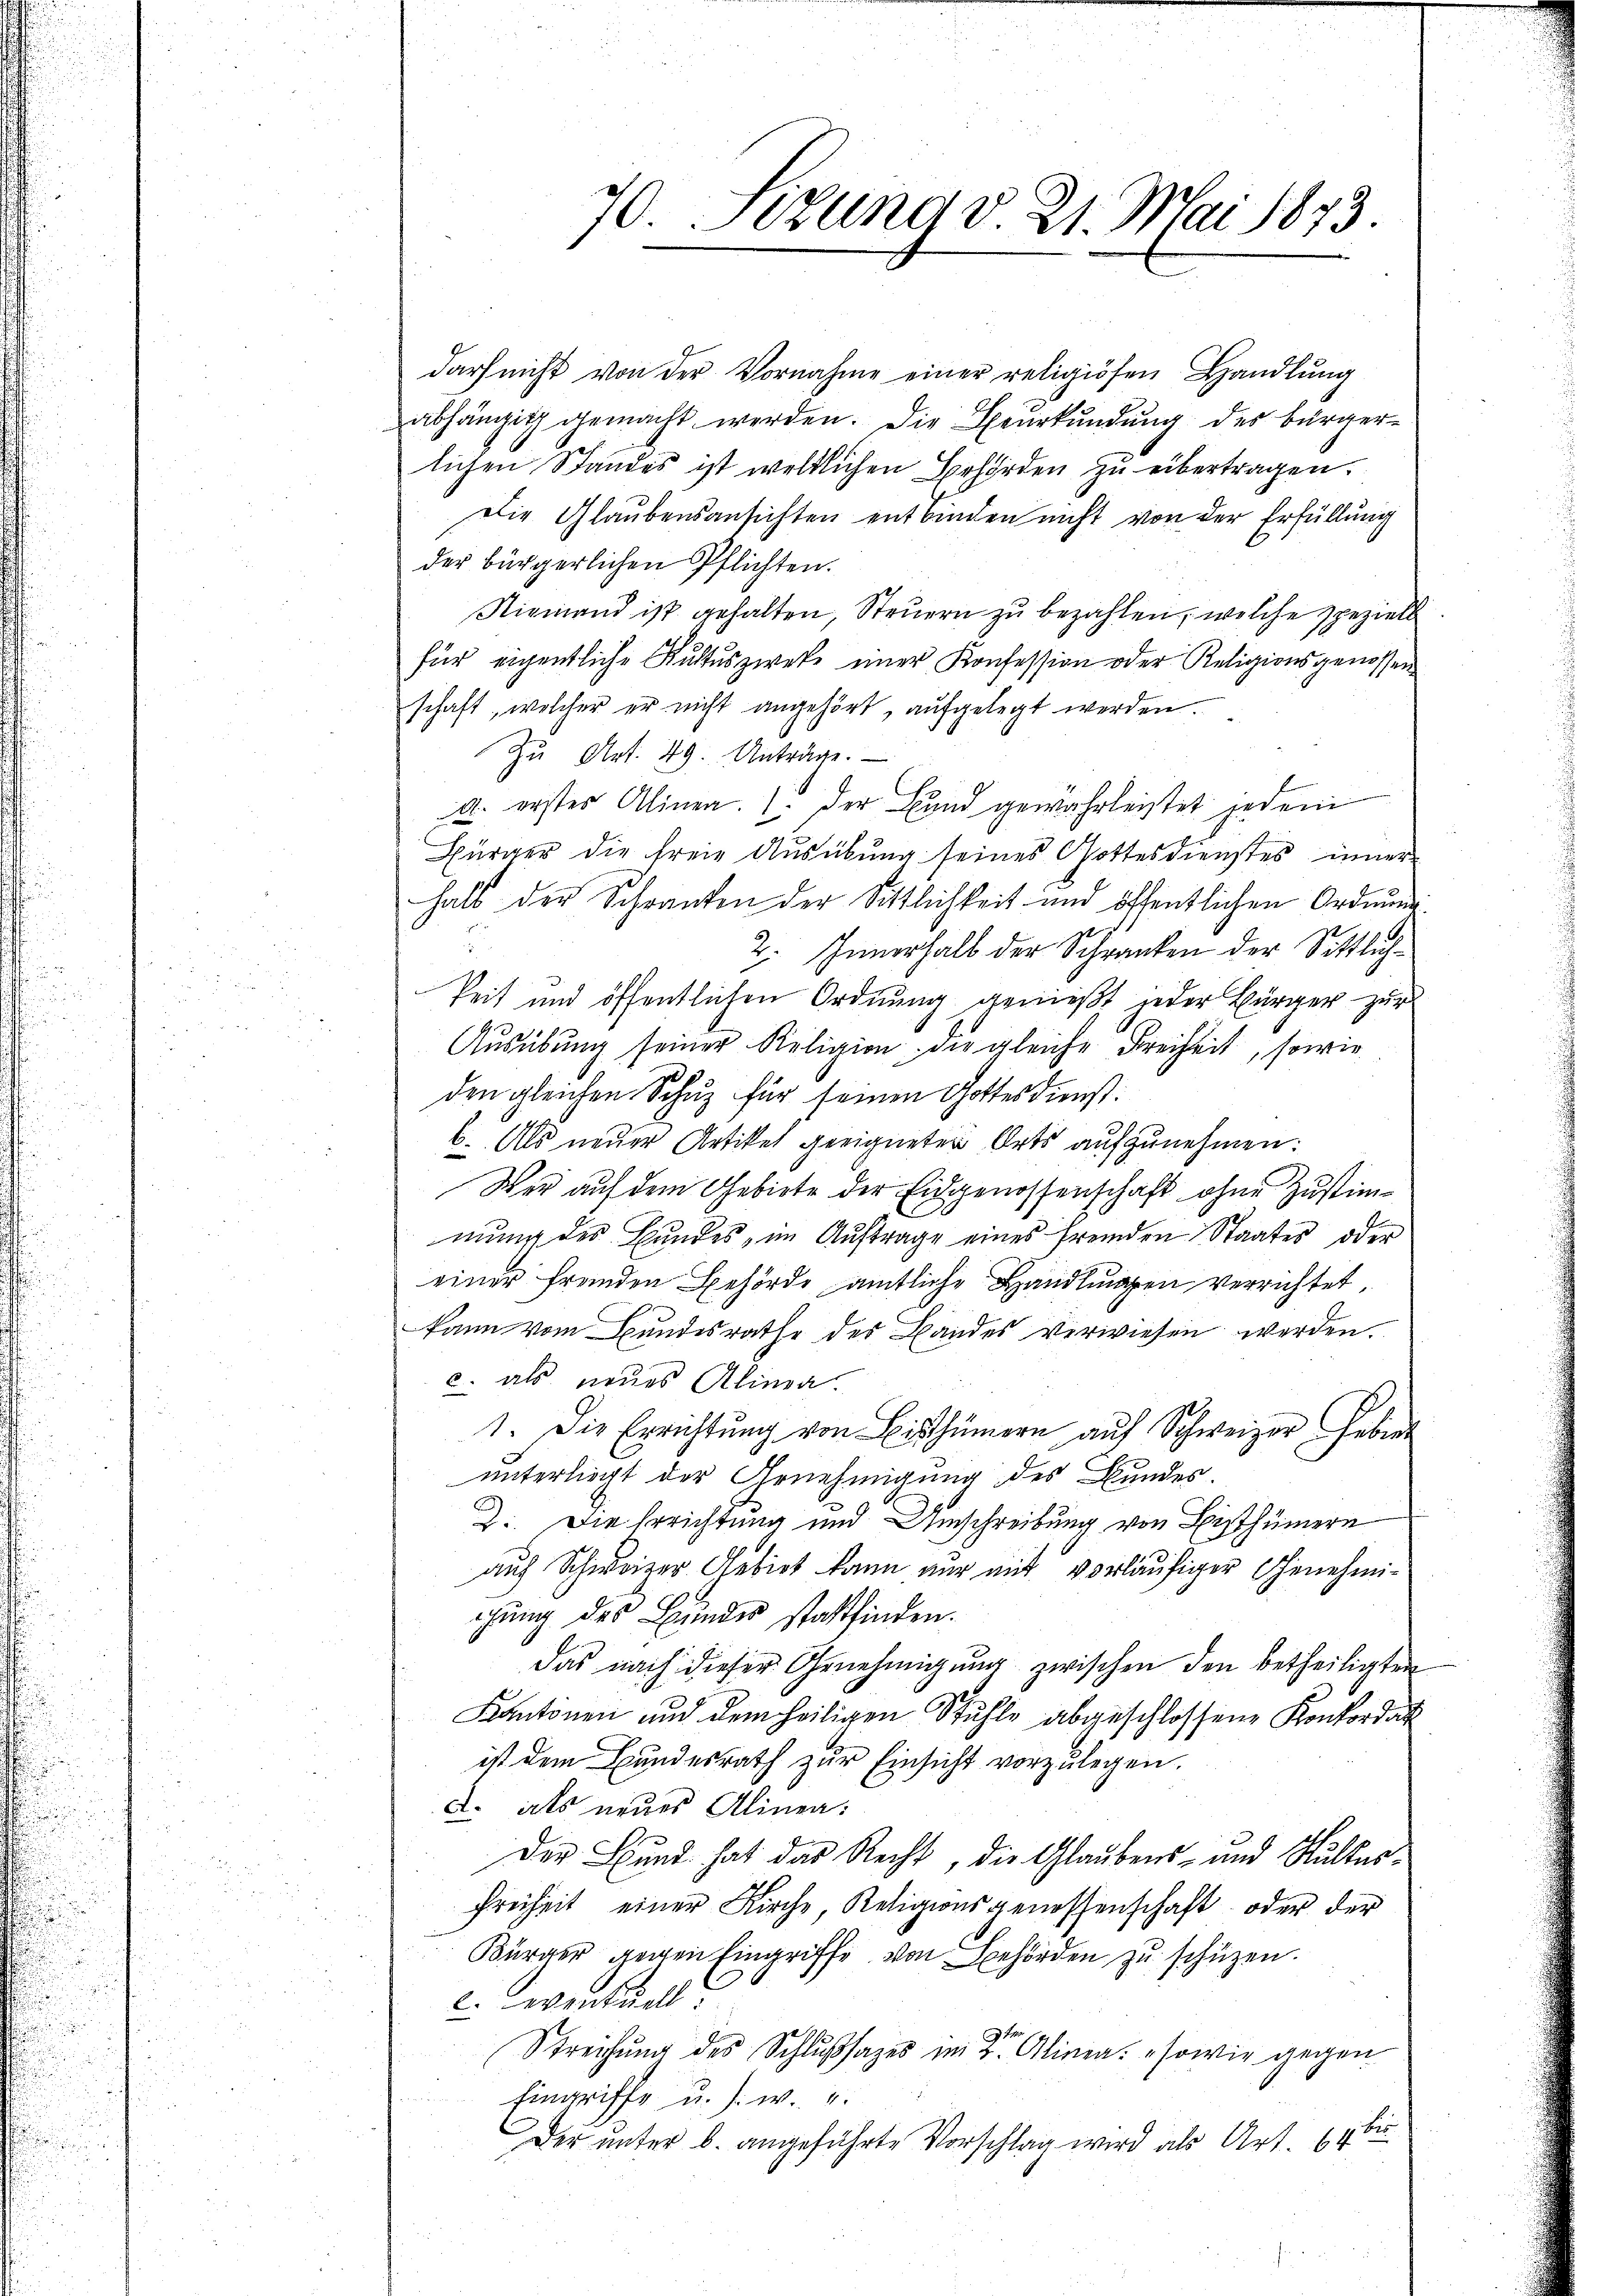
darf nicht von der Vornahme einer religiösen Handlŭng
abhängig gemacht werden. Die Beurkundung des Bürgerlichen Standes ist weltlichen Behörden zu übertragen.
Die Glaubensansichten entbinden nicht von der Erfüllung
der bürgerlichen Pflichten.
Niemand ist gehalten, Steuern zu bezahlen, welche speziell
für eigentliche Rŭhtŭszwecke einer Konfession oder Religionsgenossen
schaft, welcher er nicht angehört, aufgelegt werden.
Zu Art. 49. Anträge.
A. erstes Alinea. 1. Der Bund gewahrleistet jedem
Bürger die freie Ausübung seines Gottesdienstes inner
halb der Schranken der Sittlichkeit und öffentlichen Ordnung
.
2. Innerhalb der Schranken der Sittlichkeit und öffentlichen Ordnung genießt jeder Bürger zur
Aŭsübŭng seiner Religion die gleiche Freiheit, sowie
den gleichen Schuz für seinen Gottesdienst:
b. Als neuer Artikel geeigneten Orts aufzunehmen:
Wer auf dem Gebiete der Eidgenossenschaft ohne Zustimmung des Bundes, im Auftrage eines fremden Staates oder
einer fremden Behörde amtliche Handlungen verrichtet.
kann vom Bundesrathe des Bandes verwiesen werden.
c. als neues Alinea.
1. Die Errichtŭng von Bisthümern aŭf Schweizer Gebie
unterliegt der Genehmigung des Bundes.
2. Die Errichtung und Umschreibung von Bisthümern
auf Schweizer Gebiet kann nur mit vorläufiger Genehmigung des Bundes stattfinden.
das nach dieser Genehmigŭng zwischen den betheiligten
Kantonen und dem heiligen Stühle abgeschlossene Konkordat
ist dem Bundesrath zur Einsicht vorzulegen.
d. als neues Alinea:
Der Bund hat das Recht, die Glaubens- und Hulter¬
Freiheit einer Kirche Religionsgenossenschaft oder der
Bürger gegen Eingriffe von Behörden zu schützen.
. eventuell
Streichung des Schlußfazes in der Alinea: sowie gegen
Eingriffe u. s. w. u.
Fr
Der unter b. angeführte Vorschlag wird als Art. 64

70. Jezung v. 21. Mai 1873.